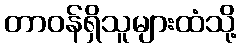
တာဝန်ရှိသူများထံသို့